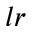
l r